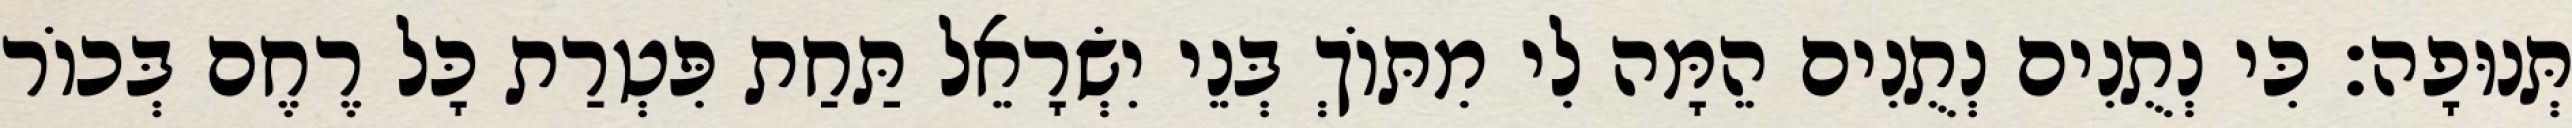
תְּנוּפָה׃ כִּי נְתֻנִים נְתֻנִים הֵמָּה לִי מִתּוֹךְ בְּנֵי יִשְׂרָאֵל תַּחַת פִּטְרַת כָּל רֶחֶם בְּכוֹר